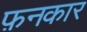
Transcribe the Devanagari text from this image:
फ़नकार